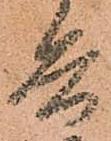
兵